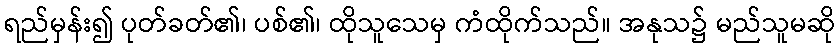
ရည်မှန်း၍ ပုတ်ခတ်၏၊ ပစ်၏၊ ထိုသူသေမှ ကံထိုက်သည်။ အနုသ၌ မည်သူမဆို